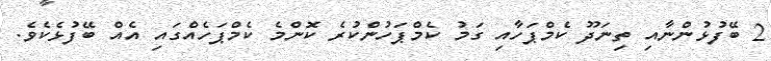
2 ބޭފުޅުންނާއި ތިނަދޫ ކެމްޕަހާއި ގަމު ކެމްޕަހުންކުރެ ކޮންމެ ކެމްޕަހެއްގައި އެއް ބޭފުޅެކެވެ.